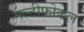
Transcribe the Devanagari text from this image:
मल्टीफ़ोकल